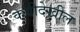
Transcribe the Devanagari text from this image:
कवीदेखील